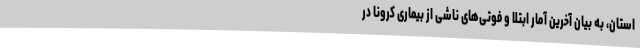
استان، به بیان آخرین آمار ابتلا و فوتی‌های ناشی از بیماری کرونا در